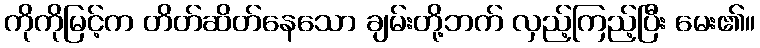
ကိုကိုမြင့်က တိတ်ဆိတ်နေသော ချမ်းတို့ဘက် လှည့်ကြည့်ပြီး မေး၏။